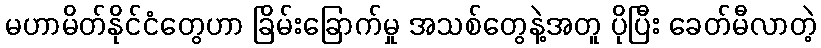
မဟာမိတ်နိုင်ငံတွေဟာ ခြိမ်းခြောက်မှု အသစ်တွေနဲ့အတူ ပိုပြီး ခေတ်မီလာတဲ့